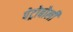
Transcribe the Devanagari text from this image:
पेट्रोबोली